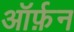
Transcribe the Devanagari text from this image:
ऑर्फ़न